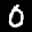
Label: 0